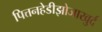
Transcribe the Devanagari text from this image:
पित्तनहेडीझोजाखुर्द